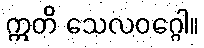
ဣတိ သေလဝဂ္ဂေါ။